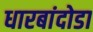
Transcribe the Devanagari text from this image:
धारबांदोडा